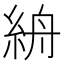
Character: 𥿦